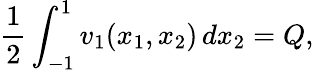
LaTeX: \frac{1}{2}\int_{-1}^{1}v_{1}(x_{1},x_{2})\, dx_{2}=Q,